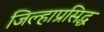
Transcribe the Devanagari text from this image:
जिल्हाप्रसिद्ध